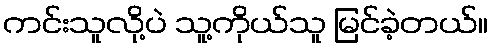
ကင်းသူလို့ပဲ သူ့ကိုယ်သူ မြင်ခဲ့တယ်။